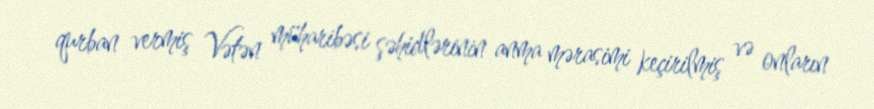
qurban vermiş Vətən müharibəsi şəhidlərinin anma mərasimi keçirilmiş və onların